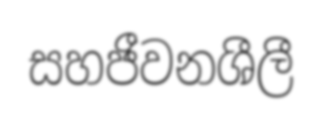
සහජීවනශීලී